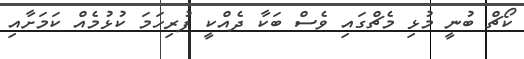
ކޯޗް ބުނީ މުޅި މެޗްގައި ވެސް ބަކާ ދެއްކީ ފުރިހަމަ ކުޅުމެއް ކަމަށާއި